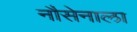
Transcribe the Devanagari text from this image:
नौसेनाला